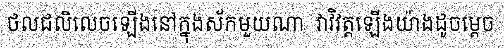
ថលជលិលេចឡើងនៅក្នុងស័កមួយណា  វាវិវត្តឡើងយ៉ាងដូចម្តេច